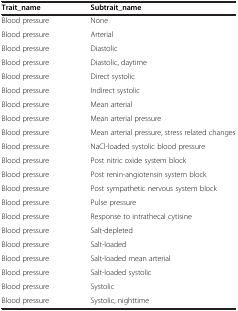
<table><thead><tr><td><b>Trait_name</b></td><td><b>Subtrait_name</b></td></tr></thead><tbody><tr><td>Blood pressure</td><td>None</td></tr><tr><td>Blood pressure</td><td>Arterial</td></tr><tr><td>Blood pressure</td><td>Diastolic</td></tr><tr><td>Blood pressure</td><td>Diastolic, daytime</td></tr><tr><td>Blood pressure</td><td>Direct systolic</td></tr><tr><td>Blood pressure</td><td>Indirect systolic</td></tr><tr><td>Blood pressure</td><td>Mean arterial</td></tr><tr><td>Blood pressure</td><td>Mean arterial pressure</td></tr><tr><td>Blood pressure</td><td>Mean arterial pressure, stress related changes</td></tr><tr><td>Blood pressure</td><td>NaCl-loaded systolic blood pressure</td></tr><tr><td>Blood pressure</td><td>Post nitric oxide system block</td></tr><tr><td>Blood pressure</td><td>Post renin-angiotensin system block</td></tr><tr><td>Blood pressure</td><td>Post sympathetic nervous system block</td></tr><tr><td>Blood pressure</td><td>Pulse pressure</td></tr><tr><td>Blood pressure</td><td>Response to intrathecal cytisine</td></tr><tr><td>Blood pressure</td><td>Salt-depleted</td></tr><tr><td>Blood pressure</td><td>Salt-loaded</td></tr><tr><td>Blood pressure</td><td>Salt-loaded mean arterial</td></tr><tr><td>Blood pressure</td><td>Salt-loaded systolic</td></tr><tr><td>Blood pressure</td><td>Systolic</td></tr><tr><td>Blood pressure</td><td>Systolic, nighttime</td></tr></tbody></table>